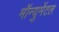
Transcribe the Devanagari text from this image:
मॉन्युमेंटल